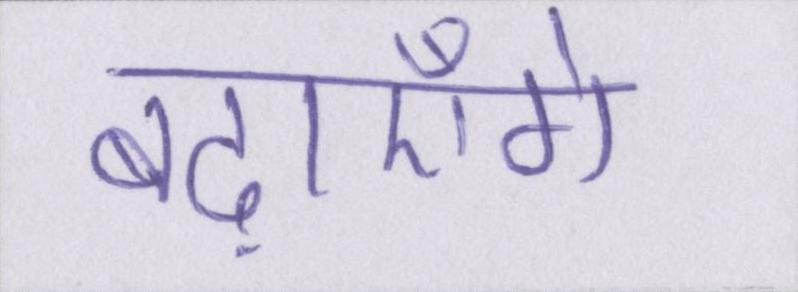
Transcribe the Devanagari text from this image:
बढ़ाएँगे